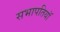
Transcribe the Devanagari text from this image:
सभापतियॉ